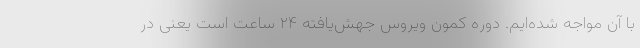
با آن مواجه شده‌ایم. دوره کمون ویروس جهش‌یافته ۲۴ ساعت است یعنی در